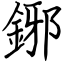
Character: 鋣